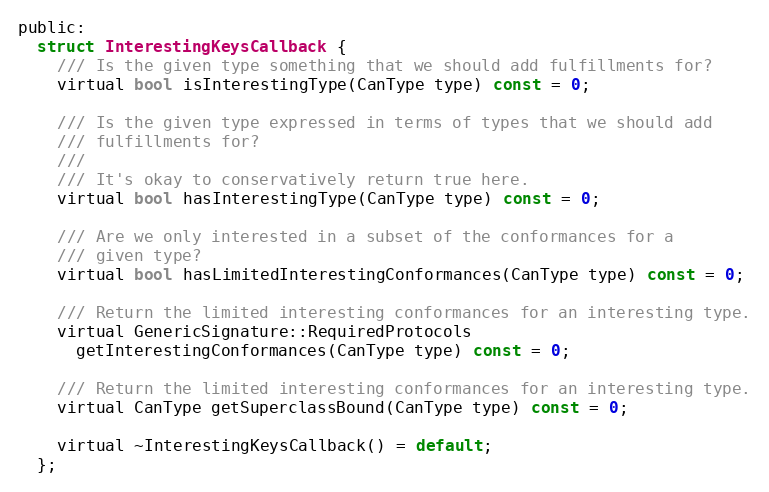
Language: C
public:
  struct InterestingKeysCallback {
    /// Is the given type something that we should add fulfillments for?
    virtual bool isInterestingType(CanType type) const = 0;

    /// Is the given type expressed in terms of types that we should add
    /// fulfillments for?
    ///
    /// It's okay to conservatively return true here.
    virtual bool hasInterestingType(CanType type) const = 0;

    /// Are we only interested in a subset of the conformances for a
    /// given type?
    virtual bool hasLimitedInterestingConformances(CanType type) const = 0;

    /// Return the limited interesting conformances for an interesting type.
    virtual GenericSignature::RequiredProtocols
      getInterestingConformances(CanType type) const = 0;

    /// Return the limited interesting conformances for an interesting type.
    virtual CanType getSuperclassBound(CanType type) const = 0;

    virtual ~InterestingKeysCallback() = default;
  };